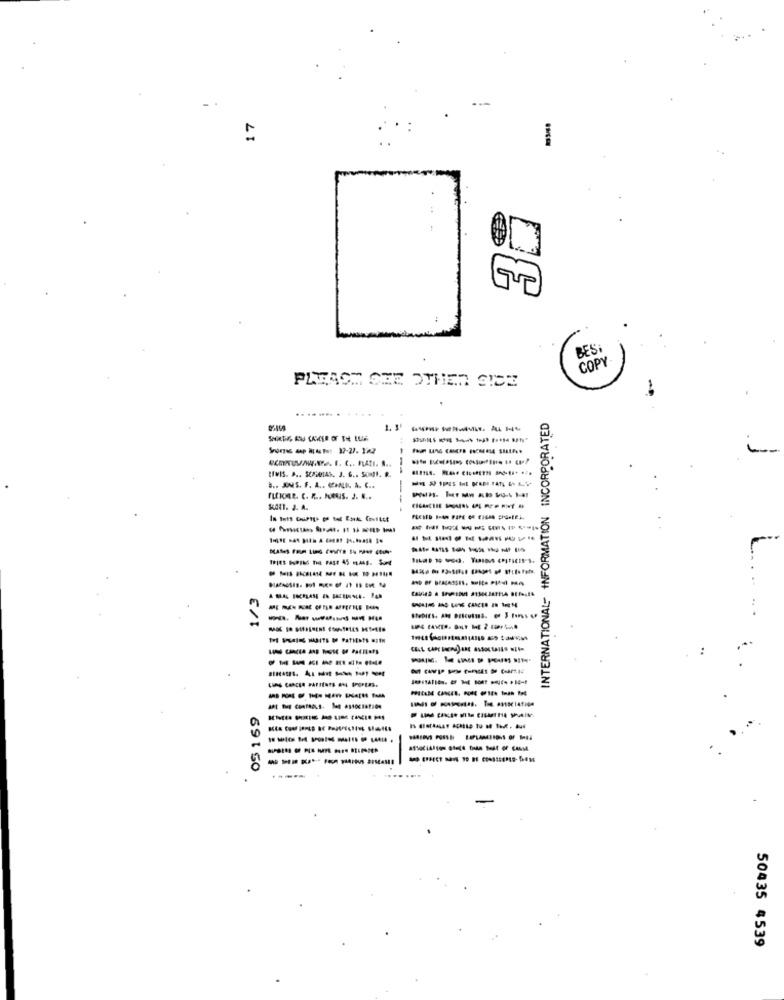
..
=
:
ČEpi
PLEASE SEE OTHER SICE
-
INTERNATIONAL- INFORMATION INCORPORATED
tiviS. A .. SCUOLAS. J. G .. SOMI. R.
B .. ANS. F. L .. CHUK A. C ..
ALKAR. C. R .. FRUS. J. ...
SORT. J. A.
------
----------
------
-----
-------
--------
------
-------
-
69 1 GO
...
50435 4539